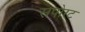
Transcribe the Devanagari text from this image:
सपोरट